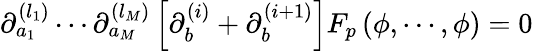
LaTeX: \partial_{a_{1}}^{(l_{1})}\cdots\partial_{a_{M}}^{(l_{M})}\left[\partial_{b}^{(i)}+\partial_{b}^{(i+1)}\right]F_{p}\, (\phi,\cdots,\phi)=0